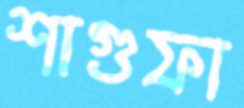
শাগুফা